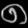
Digit: ၈